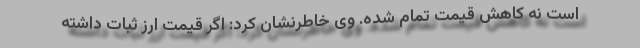
است نه کاهش قیمت تمام شده. وی خاطرنشان کرد: اگر قیمت ارز ثبات داشته